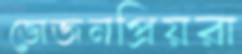
ভোজনপ্রিয়রা